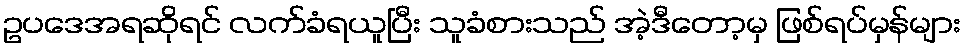
ဥပဒေအရဆိုရင် လက်ခံရယူပြီး သူခံစားသည် အဲ့ဒီတော့မှ ဖြစ်ရပ်မှန်များ